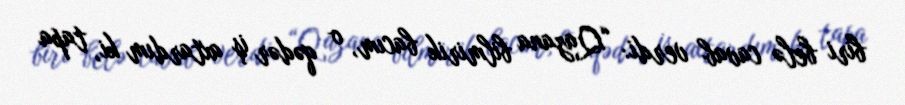
biri belə cavab verdi: “Qazana bilmirik bacım, o qədər iş axtardım ki, tapa